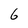
Character: 6